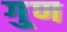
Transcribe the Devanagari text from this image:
गु्ण